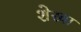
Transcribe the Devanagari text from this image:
शेरवा